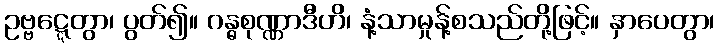
ဥဗ္ဗဋ္ဋေတွာ၊ ပွတ်၍။ ဂန္ဓစုဏ္ဏာဒီဟိ၊ နံ့သာမှုန့်စသည်တို့ဖြင့်။ နှာပေတွာ၊